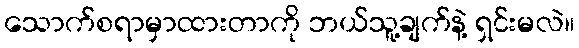
သောက်စရာမှာထားတာကို ဘယ်သူ့ချက်နဲ့ ရှင်းမလဲ။